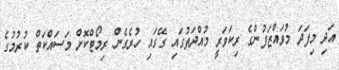
އަދި މިފަދަ މުވައްޒަފުންގެ ރިކަވަރީ މުއްދަތުގައި ގޭގައި ހުރެގެން ރިމޯޓްކޮށް މަސައްކަތް ކުރުމުގެ